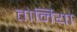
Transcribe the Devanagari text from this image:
तोर्नियो